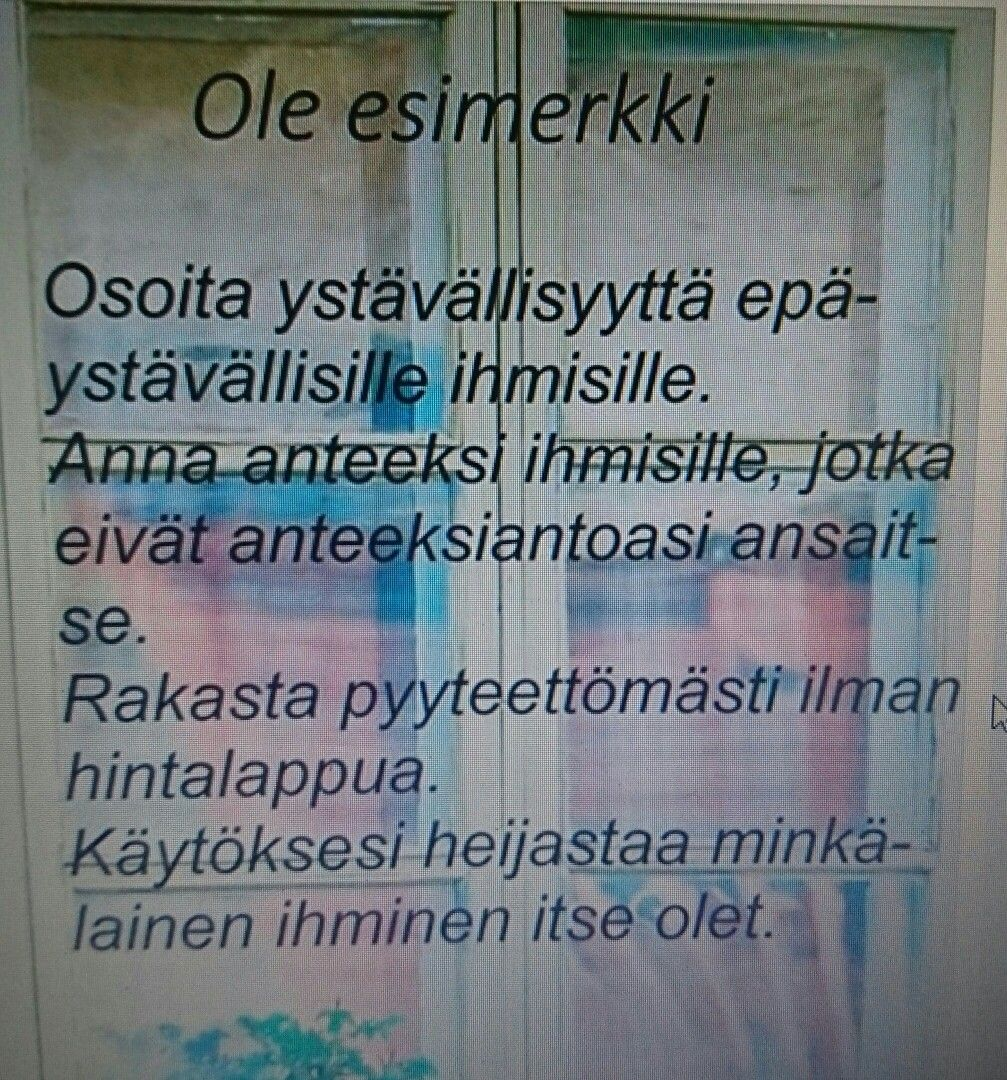
Language: fn